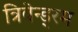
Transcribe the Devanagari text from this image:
त्रिवेन्ड्रम